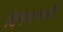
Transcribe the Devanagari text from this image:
दिनमानाशी